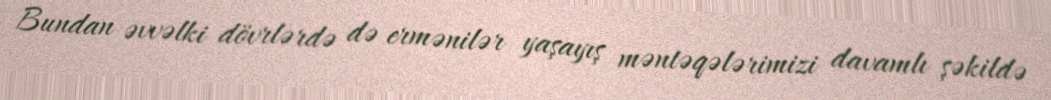
Bundan əvvəlki dövrlərdə də ermənilər yaşayış məntəqələrimizi davamlı şəkildə